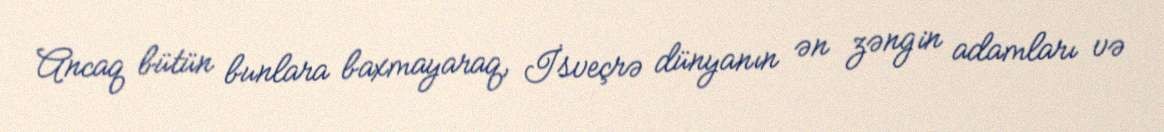
Ancaq bütün bunlara baxmayaraq, İsveçrə dünyanın ən zəngin adamları və